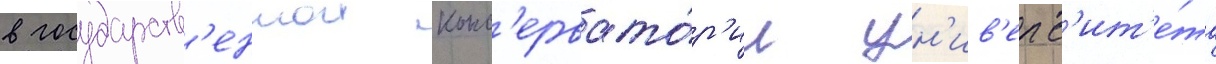
в государств'еннои конс'ервато́р'ии ун'ив'ерс'ит'е́та